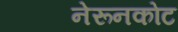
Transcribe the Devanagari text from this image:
नेरूनकोट